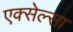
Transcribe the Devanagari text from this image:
एक्सेल्सा